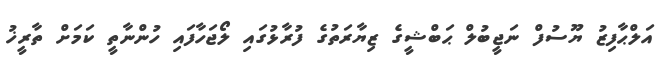
އަލްޙާފިޒު ޔޫސުފް ނަޖީބުލް ޙަބްޝީގެ ޒިޔާރަތުގެ ފުރާޅުގައި ލޯޖަހާފައި ހުންނާތީ ކަމަށް ތާރީޚު